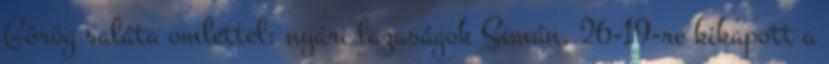
Görög saláta omlettel: nyári lazaságok Simán, 26-19-re kikapott a